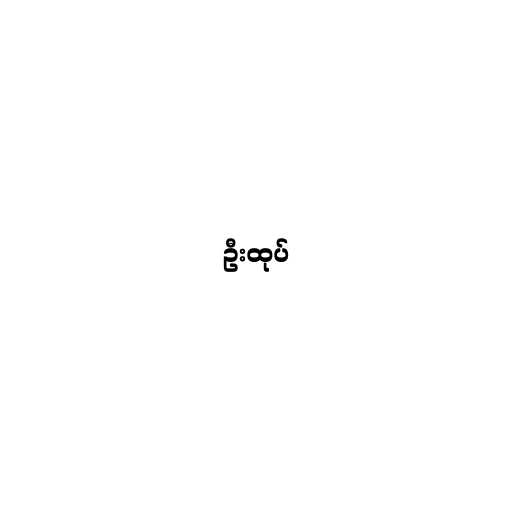
ဦးထုပ်